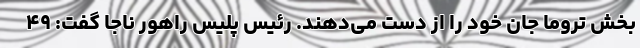
بخش تروما جان خود را از دست می‌دهند. رئیس پلیس راهور ناجا گفت: ۴۹